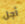
أجل